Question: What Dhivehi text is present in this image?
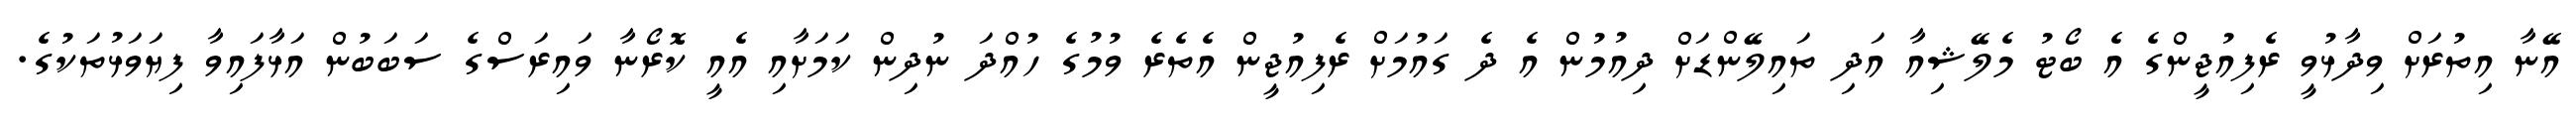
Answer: އޭނާ އިތުރަށް ވިދާޅުވީ ރެފިއުޖީންގެ އެ ބޯޓު މެލޭޝިއާ އަދި ތައިލޭންޑަށް ދިއުމުން އެ ދެ ގައުމަށް ރެފިއުޖީން އެތެރެ ވުމުގެ ހުއްދަ ނުދިން ކަމަށާއި އެއީ ކޮރޯނާ ވައިރަސްގެ ސަބަބުން އަޅާފައިވާ ފިޔަވަޅުތަކުގެ.